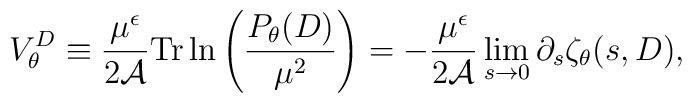
V^{D}_{\theta}\equiv {\mu^{\epsilon}\over 2{\cal A}} {\rm Tr}\,{\ln}    \left({P_{\theta}(D)\over \mu^2}\right)    =-{\mu^{\epsilon}\over 2 {\cal A}}\lim_{s\to 0}\partial_{s}    \zeta_{\theta}(s,D),